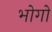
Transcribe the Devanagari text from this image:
भोगो